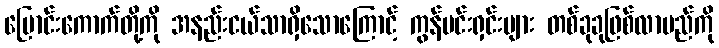
ပြောင်းကောက်တို့ကို အနည်းငယ်သာရှိသောကြောင့် ကွန်ဗင်းရှင်းများ တစ်ခုခုဖြစ်လာမည်ကို